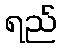
ရည်